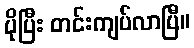
ပိုပြီး တင်းကျပ်လာပြီ။